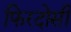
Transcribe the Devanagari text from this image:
फिरदोसी